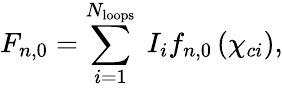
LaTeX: F_{n,0}=\sum_{i=1}^{N_{\mathrm{loops}}}\ I_{i}f_{n,0}\left(\chi_{ci}\right),